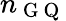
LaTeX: n_{\mathrm{~G~Q~}}